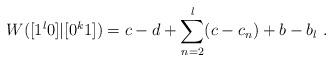
LaTeX: \begin{align*}W([1^l0]|[0^k1]) = c-d + \sum_{n=2}^l (c - c_n) + b-b_l \ .\end{align*}